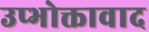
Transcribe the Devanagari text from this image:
उप्भोक्तावाद